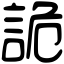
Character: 詭